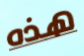
هذه